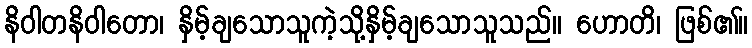
နိဝါတနိဝါတော၊ နှိမ့်ချသောသူကဲ့သို့နှိမ့်ချသောသူသည်။ ဟောတိ၊ ဖြစ်၏။